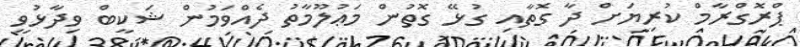
ޕްރޮގްރާމް ކުރިޔަށް ދާ ގޮތާއި ގުޅޭ ގޮތުން މަޢުލޫމާތު ދެއްވަމުން ޝަކީބް ވިދާޅުވީ